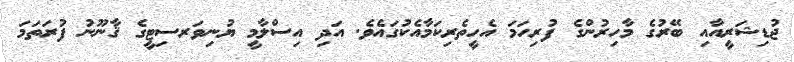
ޖުޑިޝަރީއާއި ބޭރުގެ މާހިރުންގެ ފުރިހަމަ އެހީތެރިކަމާއެކުގައެވެ. އަދި އިސްލާމީ ޔުނިވަރސިޓީގެ ޤާނޫނު ފުރަތަމަ